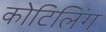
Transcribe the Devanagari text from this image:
कोटिलिंग